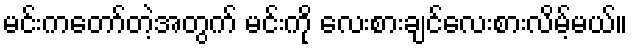
မင်းကတော်တဲ့အတွက် မင်းကို လေးစားချင်လေးစားလိမ့်မယ်။